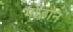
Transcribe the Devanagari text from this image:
गोडौन